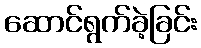
ဆောင်ရွက်ခဲ့ခြင်း